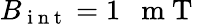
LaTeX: B_{\mathrm{~i~n~t~}}=1\mathrm{~~~m~T~}